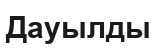
Дауылды